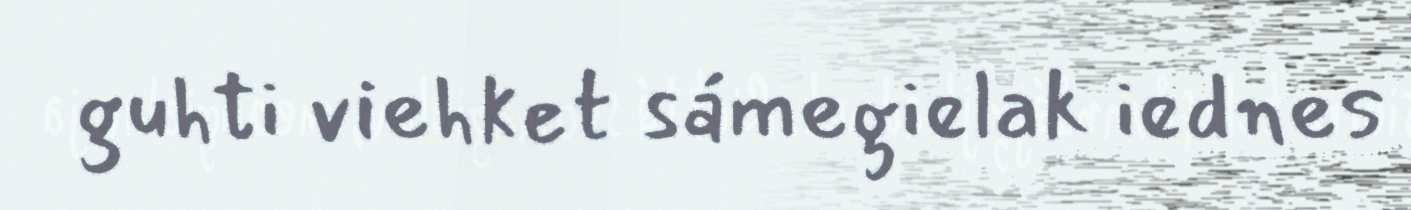
guhti viehket sámegielak iednes